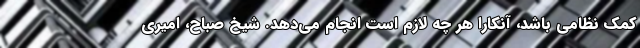
کمک نظامی باشد،‌ آنکارا هر چه لازم است انجام می‌دهد. شیخ صباح، امیری